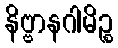
နိဗ္ဗာနဂါမိဉ္စ